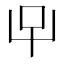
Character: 𱒅